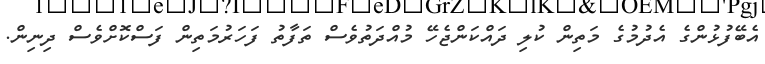
އެބޭފުޅުންގެ އެދުމުގެ މަތިން ކުލި ދައްކަންޖެހޭ މުއްދަތުވެސް ތަފާތު ފަހަރުމަތިން ފަސްކޮށްވެސް ދިނިން.